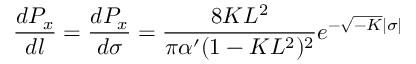
\frac { d P _ { x } } { d l } = \frac { d P _ { x } } { d \sigma } = \frac { 8 K L ^ { 2 } } { \pi \alpha ^ { \prime } ( 1 - K L ^ { 2 } ) ^ { 2 } } e ^ { - \sqrt { - K } \mid \sigma \mid }